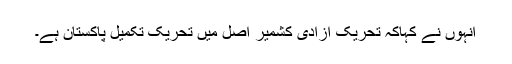
انہوں نے کہاکہ تحریک آزادی کشمیر اصل میں تحریک تکمیل پاکستان ہے۔